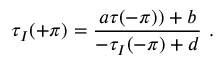
\tau _ { I } ( + \pi ) = \frac { a \tau ( - \pi ) ) + b } { - \tau _ { I } ( - \pi ) + d } ~ .